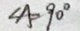
\angle A = 9 0 ^ { \circ }